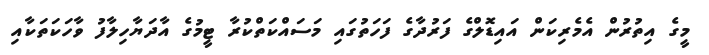
މީގެ އިތުރުން އެމެރިކަން އައިޑޮލްގެ ފަރުދާގެ ފަހަތުގައި މަސައްކަތްކުރާ ޓީމުގެ އާދަޔާހިލާފު ވާހަކަތަކާއި